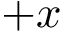
+ x